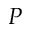
P